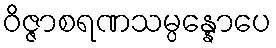
ဝိဇ္ဇာစရဏသမ္ပန္နောပေ